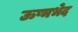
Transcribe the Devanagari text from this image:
ऊष्मभेद